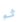
ثم